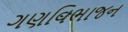
ગણવિભાજન